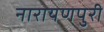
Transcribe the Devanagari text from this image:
नारायणपुरी